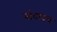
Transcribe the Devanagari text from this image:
संवादच